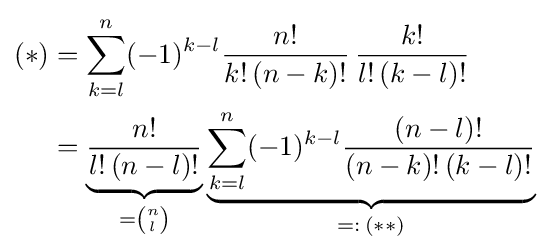
{\begin{aligned}(*)&=\sum _{k=l}^{n}(-1)^{k-l}{\frac {n!}{k!\,(n-k)!}}\,{\frac {k!}{l!\,(k-l)!}}\\&=\underbrace {\frac {n!}{l!\,(n-l)!}} _{={\binom {n}{l}}}\underbrace {\sum _{k=l}^{n}(-1)^{k-l}{\frac {(n-l)!}{(n-k)!\,(k-l)!}}} _{=:\,(**)}\\\end{aligned}}